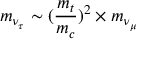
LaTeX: m _ { \nu _ { \tau } } \sim ( { \frac { m _ { t } } { m _ { c } } } ) ^ { 2 } \times m _ { \nu _ { \mu } }